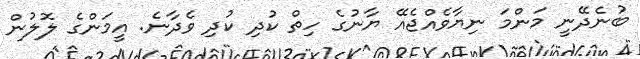
ބުނެދޭނީ މަންމަ ނިޔާވެއްޖެއޭ ޔާނުގެ ހިތް ކުދި ކުދި ވެދާނެ. އީމަންގެ ލޮލުން